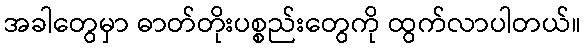
အခါတွေမှာ ဓာတ်တိုးပစ္စည်းတွေကို ထွက်လာပါတယ်။